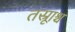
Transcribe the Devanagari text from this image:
तस्रूाश्च